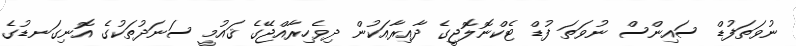
ނުވަތަފުޑް ސައިންސް ނުވަތަ ފުޑް ޓެކްނޮލޮޖީގެ ދާއިރާއަކުން ދިވެހިރާއްޖޭގެ ޤައުމީ ސަނަދުތަކުގެ އޮނިގަނޑުގެ